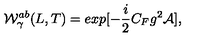
{ \cal W } _ { \gamma } ^ { a b } ( L , T ) = e x p [ - { \frac { i } { 2 } } C _ { F } g ^ { 2 } { \cal A } ] ,